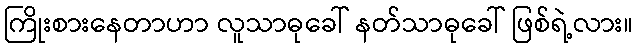
ကြိုးစားနေတာဟာ လူသာဓုခေါ် နတ်သာဓုခေါ် ဖြစ်ရဲ့လား။